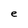
Character: e